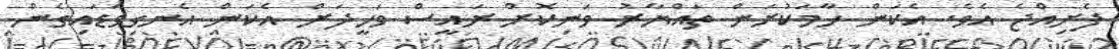
ފެށިއްޖެ އެވެ. އެކަން ހާމަކުރަން ތައްޔާރު ވަނިކޮށް ރައީސް ވަހީދަށް އެކަން އެނގިވަޑައިގެން